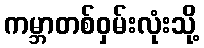
ကမ္ဘာတစ်ဝှမ်းလုံးသို့